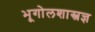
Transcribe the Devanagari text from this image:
भूगोलशास्त्रज्ञ